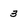
Character: 3